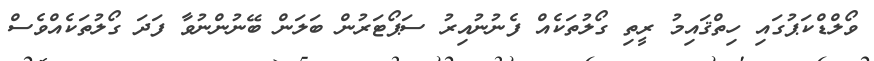
ވޯލްޑްކަޕުގައި ހިތްޤައިމު ރީތި ގޯލުތަކެއް ފެނުނުއިރު ސަޕޯޓަރުން ބަލަން ބޭނުންނުވާ ފަދަ ގޯލުތަކެއްވެސް